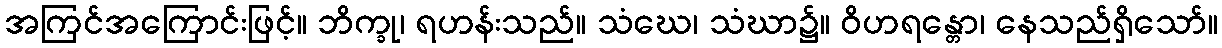
အကြင်အကြောင်းဖြင့်။ ဘိက္ခု၊ ရဟန်းသည်။ သံဃေ၊ သံဃာ၌။ ဝိဟရန္တော၊ နေသည်ရှိသော်။